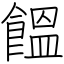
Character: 饂